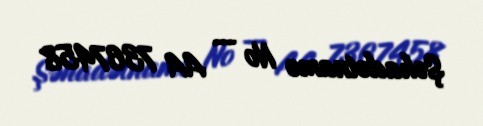
Şəhadətnamə № — AA 7367458